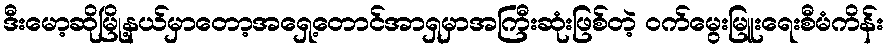
ဒီးမော့ဆိုမြို့နယ်မှာတော့အရှေ့တောင်အာရှမှာအကြီးဆုံးဖြစ်တဲ့ ဝက်မွေးမြူးရေးစီမံကိန်း